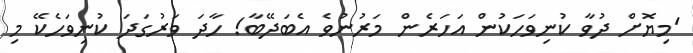
'މިޔޮށް ދުވާ ކުނިވަހަކުން އަހަރެން މަރުނުވެ އެބަދޭބާ! ހާދަ ވަރުގަދަ ކުނިވަހެކޭ މި